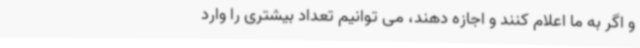
و اگر به ما اعلام کنند و اجازه دهند، می توانیم تعداد بیشتری را وارد